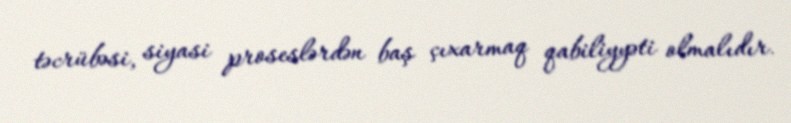
təcrübəsi, siyasi proseslərdən baş çıxarmaq qabiliyyəti olmalıdır.